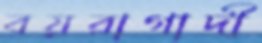
বয়রাগাদী